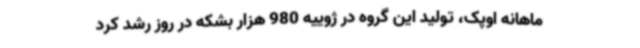
ماهانه اوپک، تولید این گروه در ژوییه 980 هزار بشکه در روز رشد کرد